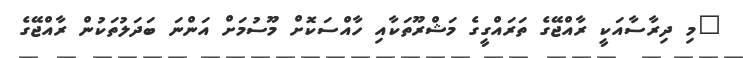
"މި ދިރާސާއަކީ ރާއްޖޭގެ ތަރައްގީގެ މަޝްރޫތަކާއި ހާއްސަކޮށް މޫސުމަށް އަންނަ ބަދަލުތަކުން ރާއްޖޭގެ